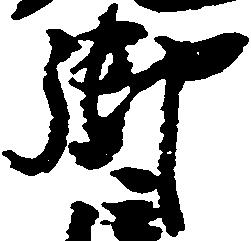
御